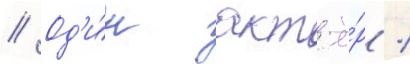
// Од'и́н акт'ё́р /